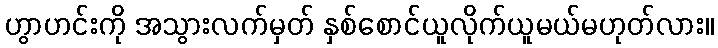
ဟွာဟင်းကို အသွားလက်မှတ် နှစ်စောင်ယူလိုက်ယူမယ်မဟုတ်လား။